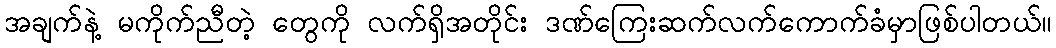
အချက်နဲ့ မကိုက်ညီတဲ့ တွေကို လက်ရှိအတိုင်း ဒဏ်ကြေးဆက်လက်ကောက်ခံမှာဖြစ်ပါတယ်။